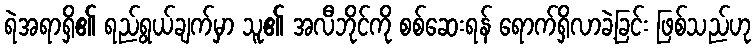
ရဲအရာရှိ၏ ရည်ရွယ်ချက်မှာ သူ၏ အလီဘိုင်ကို စစ်ဆေးရန် ရောက်ရှိလာခဲ့ခြင်း ဖြစ်သည်ဟု